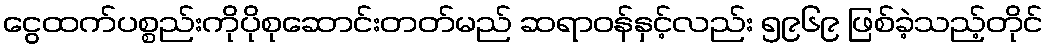
ငွေထက်ပစ္စည်းကိုပိုစုဆောင်းတတ်မည် ဆရာဝန်နှင့်လည်း ၅၉၆၉ ဖြစ်ခဲ့သည့်တိုင်